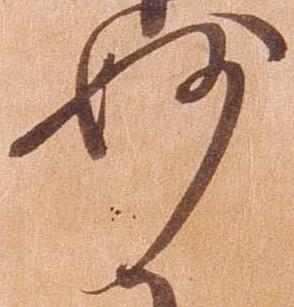
妙